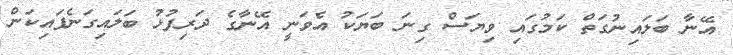
އޭނާ ބަލައިނުގަތް ކަމުގައި ވިޔަސް ގިނަ ބަޔަކު އެވަނީ އޭނާގެ ދަރިފުޅު ބަލައިގަނެފައިކަން